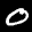
Label: 0